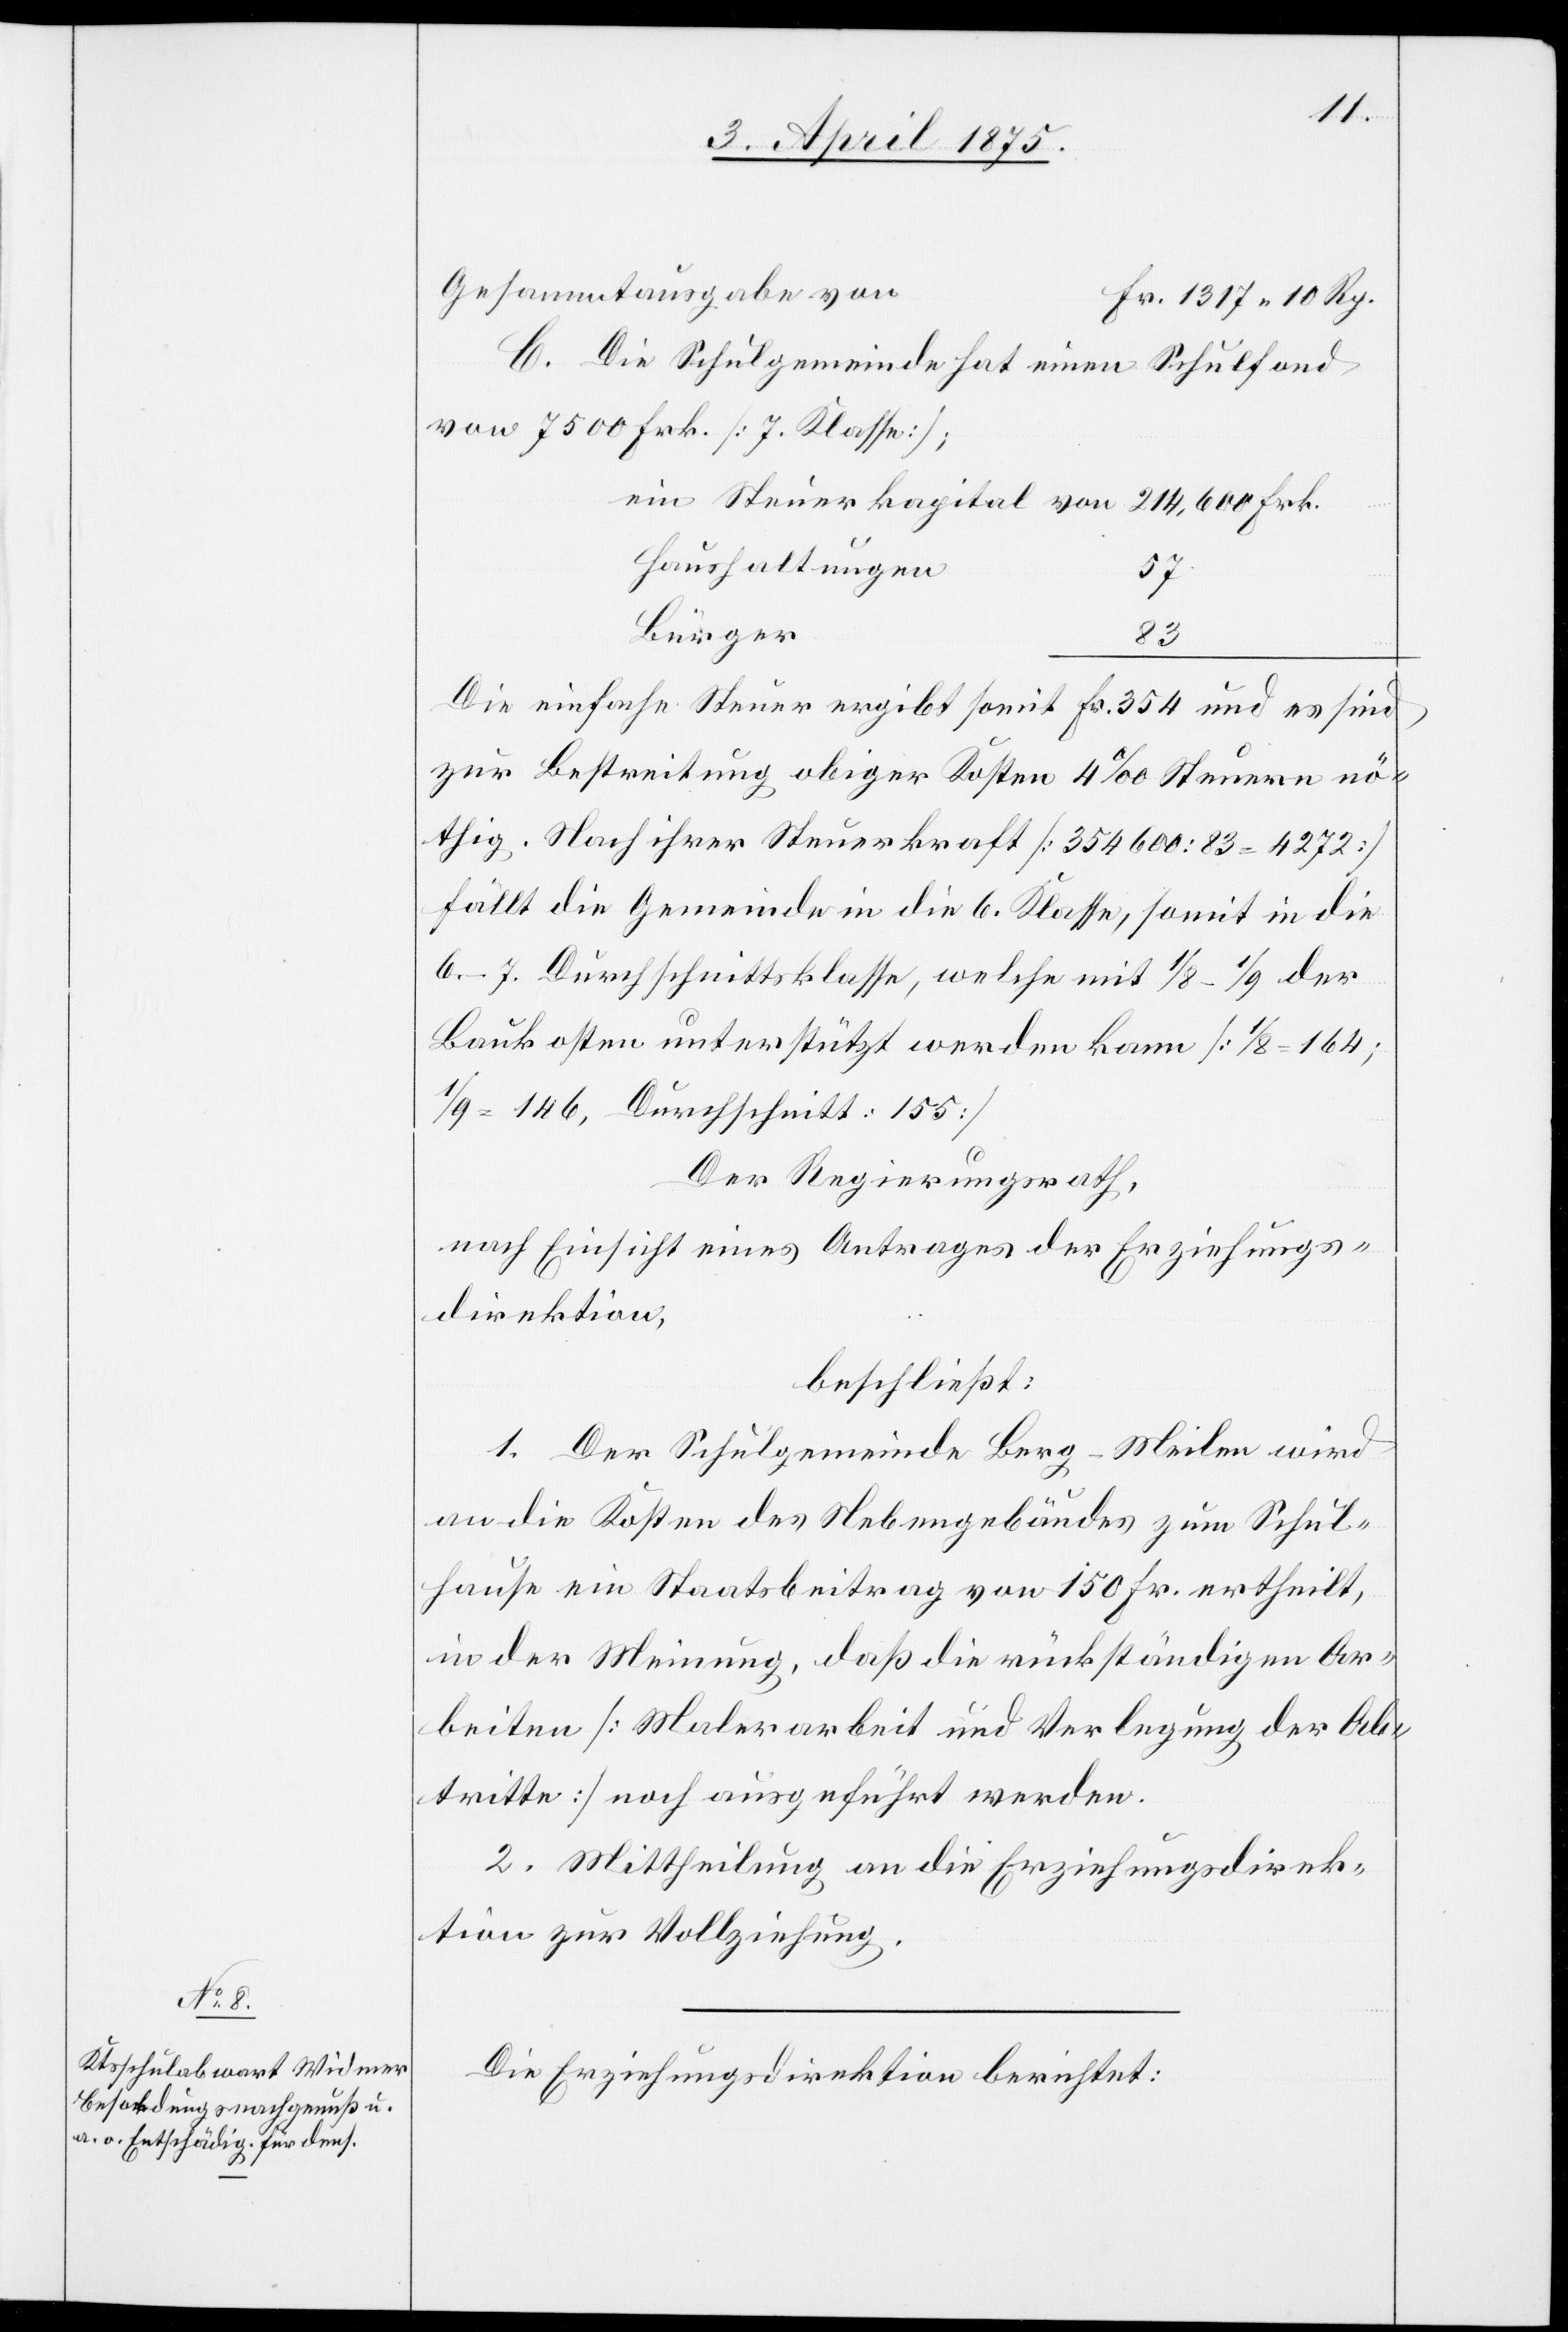
Gesammtausgabe von
Fr. 1317 10 Rp.
C. Die Schulgemeinde hat einen Schulfond
von 7500 Frk. [7. Klasse];
Haushaltungen
57
Bürger
83
Die einfache Steuer ergibt somit Fr. 354 und es sind
zur Bestreitung obiger Kosten 4‰ Steuern nö¬
thig. Nach ihrer Steuerkraft [354600 : 53 = 4272]
fällt die Gemeinde in die 6. Klasse, somit in die
6.–7. Durchschnittsklasse, welche mit 1/8–1/9 der
Baukosten unterstützt werden kann [1/8 = 164;
1/9 = 146, Durchschnitt: 155].
Der Regierungsrath,
nach Einsicht eines Antrages der Erziehungs¬
direktion,
beschließt:
1. Der Schulgemeinde Berg-Meilen wird
an die Kosten des Nebengebäudes zum Schul¬
hause ein Staatsbeitrag von 150 Fr. ertheilt,
in der Meinung, daß die rückständigen Ar¬
beiten [Malerarbeit und Verlegung der Ab¬
tritte] noch ausgeführt werden.
2. Mittheilung an die Erziehungsdirek¬
tion zur Vollziehung.
Die Erziehungsdirektion berichtet: